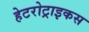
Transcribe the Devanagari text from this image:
हेटरोट्राइकस